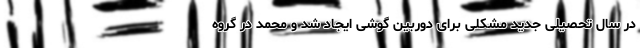
در سال تحصیلی جدید مشکلی برای دوربین گوشی ایجاد شد و محمد در گروه